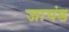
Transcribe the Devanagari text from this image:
जायंड